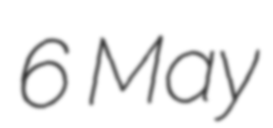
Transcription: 6 May